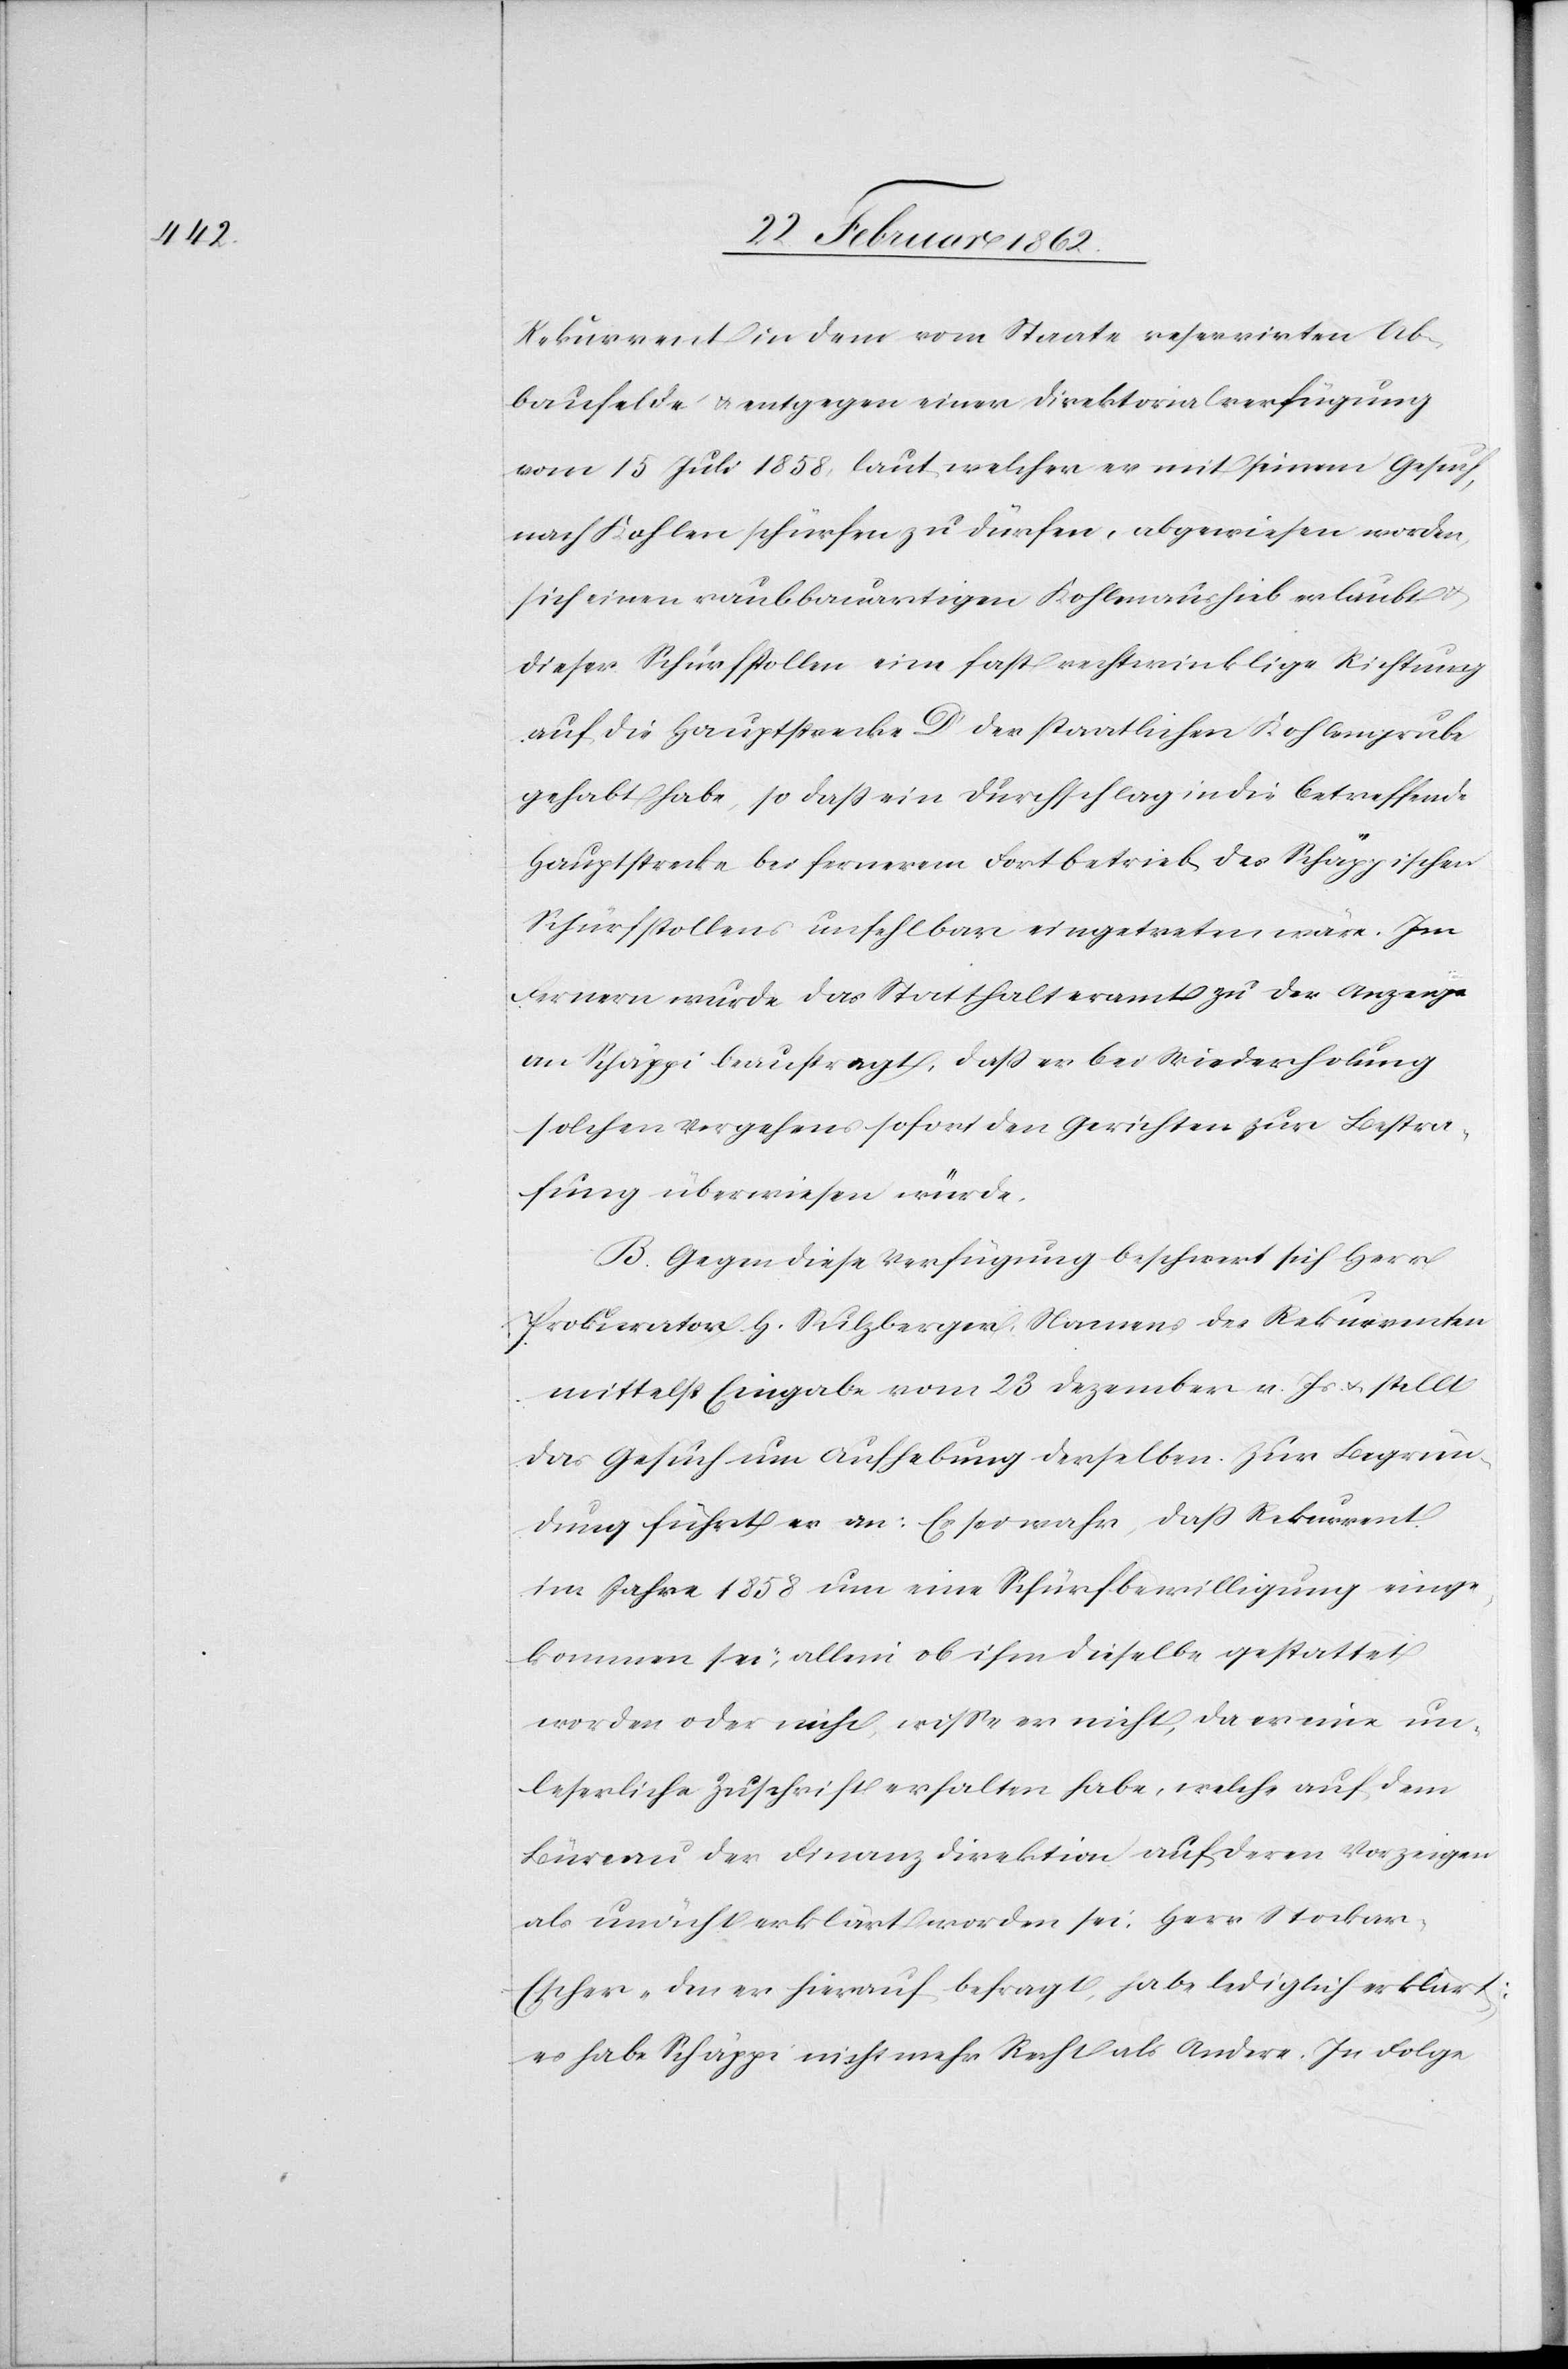
Rekurrent in dem vom Staate reservirten Ab¬
baufelde u. entgegen einer Direktorialverfügung
vom 15 Juli 1858, laut welcher er mit seinem Gesuch,
nach Kohlen schürfen zu dürfen, abgewiesen worden,
sich einen raubbauartigen Kohlenaushieb erlaubt u.
dieser Schürfstollen eine fast rechtwinklige Richtung
auf die Hauptstrecke D der staatlichen Kohlengrube
gehabt habe, so daß ein Durchschlag in die betreffende
Hauptstrecke bei fernerem Fortbetrieb des Schäppischen
Schürfstollens unfehlbar eingetreten wäre. Im
Fernern wurde das Statthalteramt zu der Anzeige
an Schäppi beauftragt, daß er bei Wiederholung
solchen Vergehens sofort den Gerichten zur Bestra¬
fung überwiesen würde.
B. Gegen diese Verfügung beschwert sich Herr
Prokurator H. Sulzberger, Namens des Rekurrenten
mittelst Eingabe vom 23 Dezember v. Js. u. stellt
das Gesuch um Aufhebung derselben. Zur Begrün¬
dung führt er an: Es sei wahr, daß Rekurrent
im Jahre 1858 um eine Schürfbewilligung einge¬
kommen sei; allein ob ihm dieselbe gestattet
worden oder nicht, wiße er nicht, da er eine un¬
leserliche Zuschrift erhalten habe, welche auf dem
Büreau der Finanzdirektion auf deren Vorzeigen
als unächt erklärt worden sei. Herr Stocka¬
r-Escher, den er hierauf befragt, habe lediglich erklärt:
es habe Schäppi nicht mehr Recht als Andere. In Folge